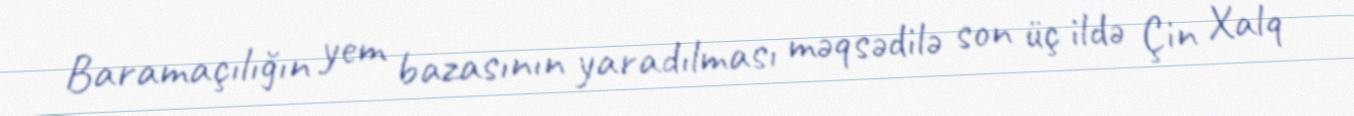
Baramaçılığın yem bazasının yaradılması məqsədilə son üç ildə Çin Xalq